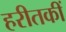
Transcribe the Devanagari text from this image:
हरीतकीं